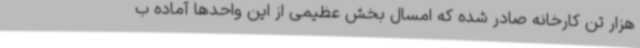
هزار تن کارخانه صادر شده که امسال بخش عظیمی از این واحدها آماده ب